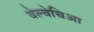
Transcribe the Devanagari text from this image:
वेल्वेचिआ